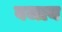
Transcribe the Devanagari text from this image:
वजाय